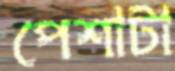
পেশাটা